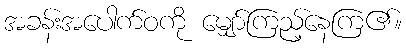
အခန်းအပေါက်ဝကို မျှော်ကြည့်နေကြ၏။